画像に写った文字を読んでください
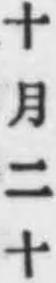
「十月二十」と書いてあります